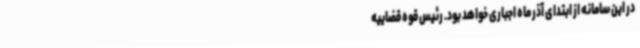
در این سامانه از ابتدای آذر ماه اجباری خواهد بود. رئیس قوه قضاییه